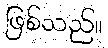
ဖြစ်သည်။